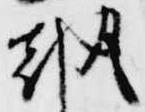
朝